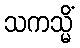
သကသ္မိံ